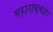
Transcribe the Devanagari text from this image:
महाराष्ट्रबाहेर